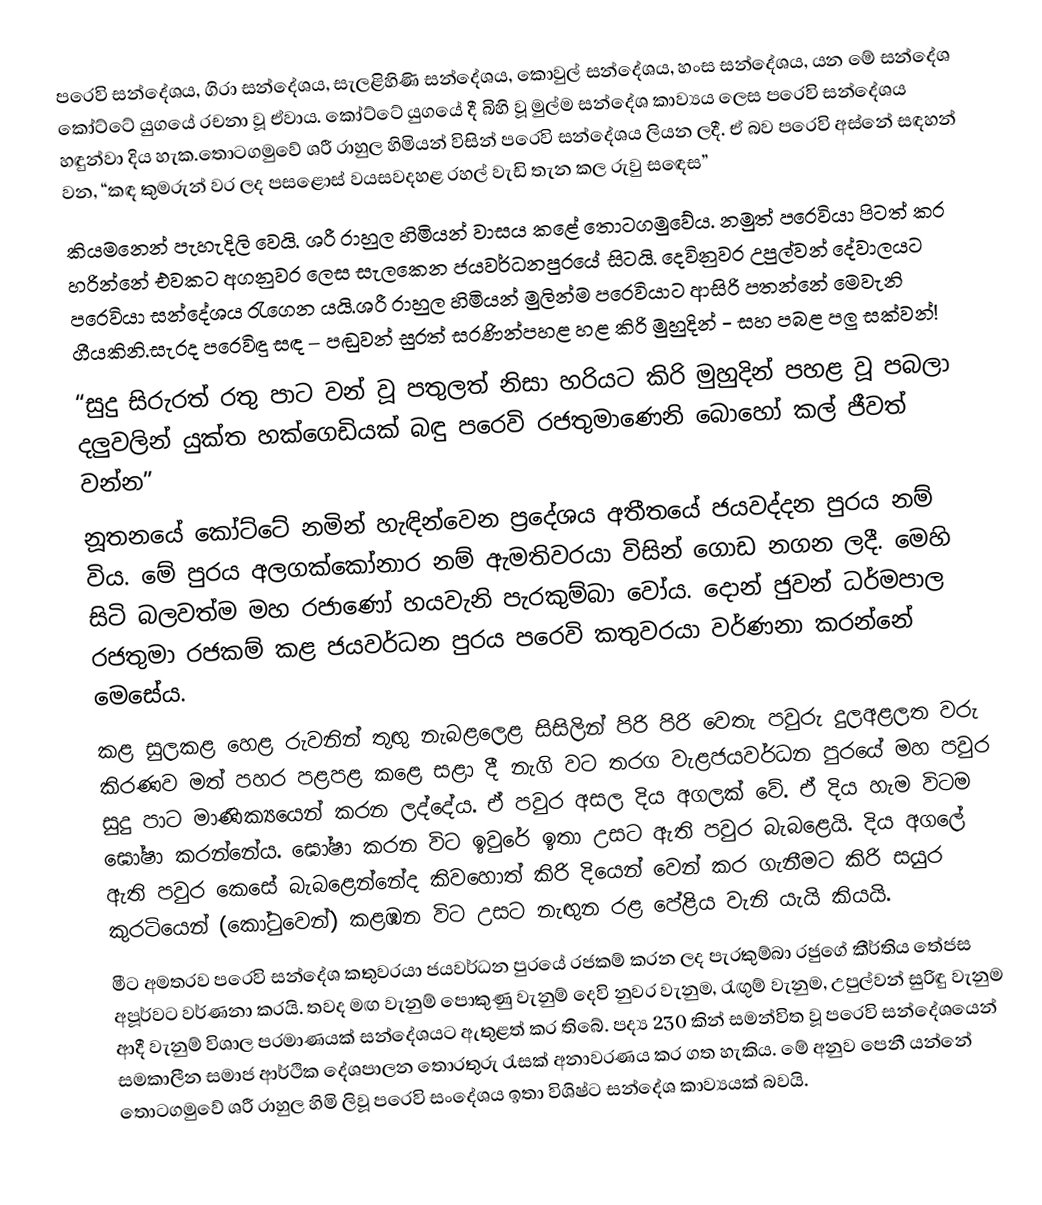
පරෙවි සන්දේශය, ගිරා සන්දේශය, සැලළිහිණි සන්දේශය, කොවුල් සන්දේශය, හංස සන්දේශය, යන මේ සන්දේශ කෝට්ටේ යුගයේ රචනා වූ ඒවාය. කෝට්ටේ යුගයේ දී බිහි වූ මුල්ම සන්දේශ කාව්‍යය ලෙස පරෙවි සන්දේශය හඳුන්වා දිය හැක.තොටගමුවේ ශ‍්‍රී රාහුල හිමියන් විසින් පරෙවි සන්දේශය ලියන ලදී. ඒ බව පරෙවි අස්නේ සඳහන් වන, “කඳ කුමරුන් වර ලද පසළොස්   වයසවදහළ රහල් වැඩි තැන කල රුවු   සඳෙස”
කියමනෙන් පැහැදිලි වෙයි. ශ‍්‍රී රාහුල හිමියන් වාසය කළේ තොටගමුවේය. නමුත් පරෙවියා පිටත් කර හරින්නේ එවකට අගනුවර ලෙස සැලකෙන ජයවර්ධනපුරයේ සිටයි. දෙවිනුවර උපුල්වන් දේවාලයට පරෙවියා සන්දේශය රැගෙන යයි.ශ‍්‍රී රාහුල හිමියන් මුලින්ම පරෙවියාට ආසිරි පතන්නේ මෙවැනි ගීයකිනි.සැරද පරෙවිඳු සඳ – පඬුවන් සුරත් සරණින්පහළ හළ කිරි මුහුදින් - සහ පබළ පලු සක්වන්!
“සුදු සිරුරත් රතු පාට වන් වූ පතුලත් නිසා හරියට කිරි මුහුදින් පහළ වූ පබලා දලුවලින් යුක්ත හක්ගෙඩියක් බඳු පරෙවි රජතුමාණෙනි බොහෝ කල් ජීවත් වන්න”
නූතනයේ කෝට්ටේ නමින් හැඳින්වෙන ප‍්‍රදේශය අතීතයේ ජයවද්දන පුරය නම් විය. මේ පුරය අලගක්කෝනාර නම් ඇමතිවරයා විසින් ගොඩ නගන ලදී. මෙහි සිටි බලවත්ම මහ රජාණෝ හයවැනි පැරකුම්බා වෝය. දොන් ජුවන් ධර්මපාල රජතුමා රජකම් කළ ජයවර්ධන පුරය පරෙවි කතුවරයා වර්ණනා කරන්නේ මෙසේය.
කළ සුලකළ හෙළ රුවනින් තුඟු   නැබළලෙළ සිසිලින් පිරි පිරි වෙතැ පවුරු   දුලඅළලත වරු කිරණව මත් පහර   පළපළ කළෙ සළා දී නැගි වට තරග   වැළජයවර්ධන පුරයේ මහ පවුර සුදු පාට මාණික්‍යයෙන් කරන ලද්දේය. ඒ පවුර අසල දිය අගලක් වේ. ඒ දිය හැම විටම ඝෝෂා කරන්නේය. ඝෝෂා කරන විට ඉවුරේ ඉතා උසට ඇති පවුර බැබළෙයි. දිය අගලේ ඇති පවුර කෙසේ බැබළෙන්නේද කිවහොත් කිරි දියෙන් වෙන් කර ගැනීමට කිරි සයුර කුරටියෙන්  (කෝටුවෙන්) කළඹන විට උසට නැඟුන රළ පේළිය වැනි යැයි කියයි.
මීට අමතරව පරෙවි සන්දේශ කතුවරයා ජයවර්ධන පුරයේ රජකම් කරන ලද පැරකුම්බා රජුගේ කීර්තිය තේජස අපූර්වට වර්ණනා කරයි. තවද මඟ වැනුම් පොකුණු වැනුම් දෙවි නුවර වැනුම, රැඟුම් වැනුම, උපුල්වන් සුරිඳු වැනුම ආදී වැනුම් විශාල ප‍්‍රමාණයක් සන්දේශයට ඇතුළත් කර තිබේ. පද්‍ය 230 කින් සමන්විත වූ පරෙවි සන්දේශයෙන් සමකාලීන සමාජ ආර්ථික දේශපාලන තොරතුරු රැසක් අනාවරණය කර ගත හැකිය. මේ අනුව පෙනී යන්නේ තොටගමුවේ ශ‍්‍රී රාහුල හිමි ලිවූ පරෙවි සංදේශය ඉතා විශිෂ්ට සන්දේශ කාව්‍යයක් බවයි.